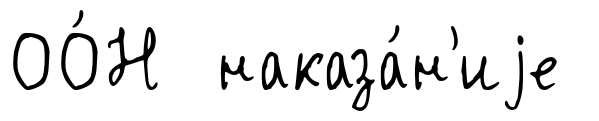
ОО́Н наказа́н'иjе